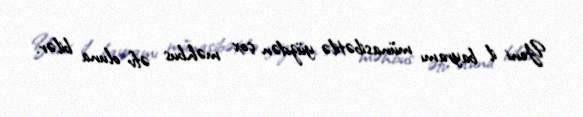
Yeni il bayramı münasibətilə yüzdən çox məhbus əfv oluna bilər.